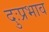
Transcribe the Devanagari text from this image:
दुःप्रभाव